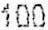
100